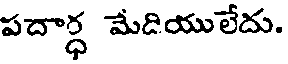
పదార్ధ మేడియులేదు.